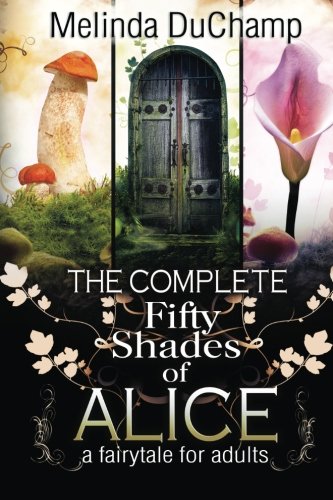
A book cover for The Complete Fifty Shades of Alice; Melinda DuChamp; Romance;